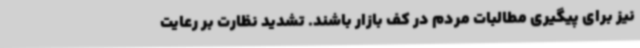
نیز برای پیگیری مطالبات مردم در کف بازار باشند. تشدید نظارت بر رعایت